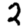
Digit: 2